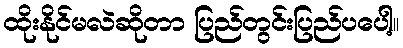
ထိုးနိုင်မလဲဆိုတာ ပြည်တွင်းပြည်ပပေါ့။